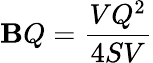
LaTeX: \mathbf{B}Q={\frac{{VQ^{2}}}{{4SV}}}